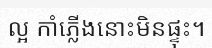
ល្អ កាំភ្លើងនោះមិនផ្ទុះ។